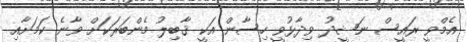
އެމްވީ ރައީސް ނަޝީދު ވިދާޅުވީ ހިސާން އަކީ ޤާބިލު މެންބަރަކަށް ވާނެ ކަމަށާއި